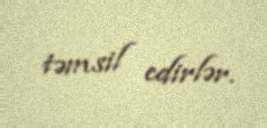
təmsil edirlər.